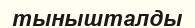
тынышталды